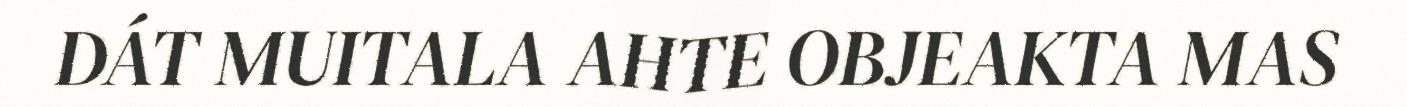
DÁT MUITALA AHTE OBJEAKTA MAS